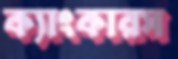
ক্যাংকারস